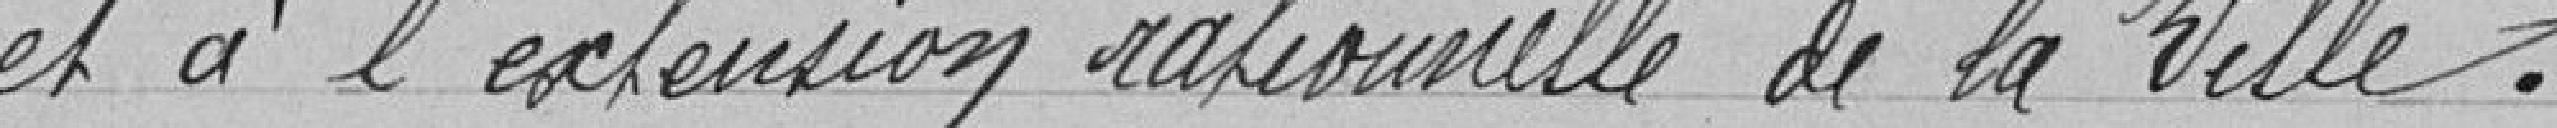
et à l'éxécution rationnelle de la Ville .